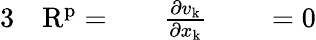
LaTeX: \begin{array}{rlrlrl}{{3}}&{{}\mathrm{R}^{\mathrm{p}}=}&{}&{{}\frac{\partial v_{\mathrm{k}}}{\partial x_{\mathrm{k}}}}&{}&{{}=0}\end{array}